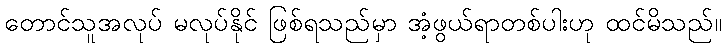
တောင်သူအလုပ် မလုပ်နိုင် ဖြစ်ရသည်မှာ အံ့ဖွယ်ရာတစ်ပါးဟု ထင်မိသည်။